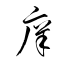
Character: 庠